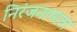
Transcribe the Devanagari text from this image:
निरंजन।माता